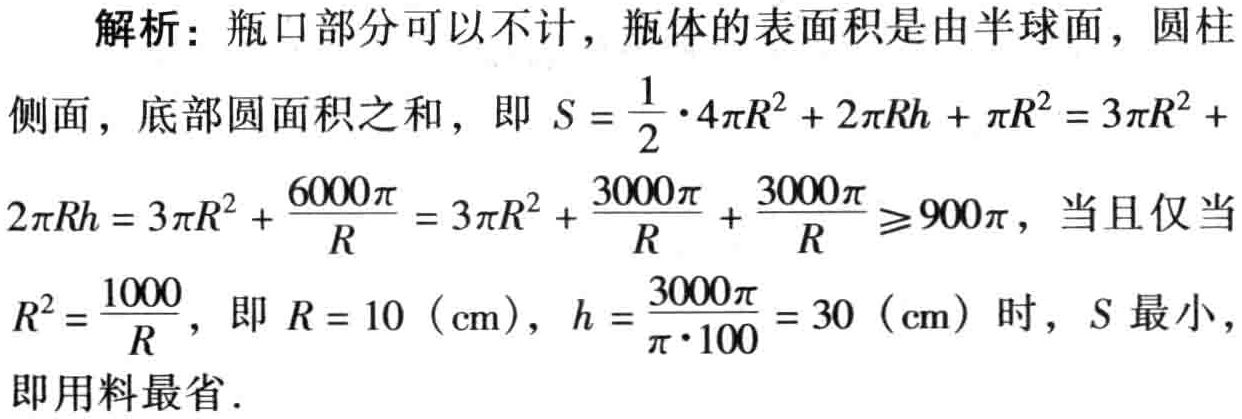
解析：瓶口部分可以不计，瓶体的表面积是由半球面，圆柱
侧面，底部圆面积之和，即 \(S = \frac{1}{2} \cdot 4\pi R^{2} + 2\pi Rh + \pi R^{2} = 3\pi R^{2} +
2\pi Rh = 3\pi R^{2} + \frac{6000\pi}{R} = 3\pi R^{2} + \frac{3000\pi}{R} + \frac{3000\pi}{R} \geqslant 900\pi\)，当且仅当
\(R^{2} = \frac{1000}{R}\)，即 \(R = 10\ (\text{cm})\)，\(h = \frac{3000\pi}{\pi \cdot 100} = 30\ (\text{cm})\) 时，\(S\) 最小，
即用料最省.